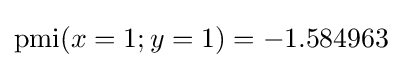
\operatorname {pmi} (x=1;y=1)=-1.584963